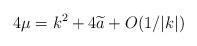
LaTeX: \begin{align*}4\mu=k^2+4\widetilde a+O(1/|k|)\end{align*}